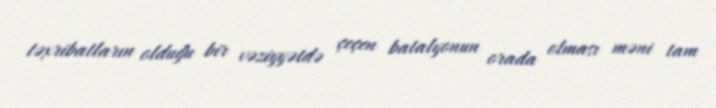
təxribatların olduğu bir vəziyyətdə çeçen batalyonun orada olması məni tam